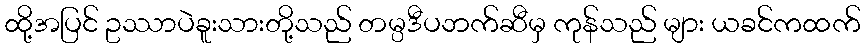
ထို့အပြင် ဥဿာပဲခူးသားတို့သည် တမ္ပဒီပဘက်ဆီမှ ကုန်သည် များ ယခင်ကထက်